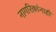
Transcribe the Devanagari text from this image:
नागरिकांनाही